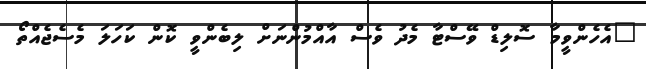
"އެހެންވީމާ ސޮލިޑް ވޭސްޓާ މެދު ވެސް އާއްމުންނަށް ލިބެންވީ ކޮން ކަހަލަ މެސެޖެއްތޯ